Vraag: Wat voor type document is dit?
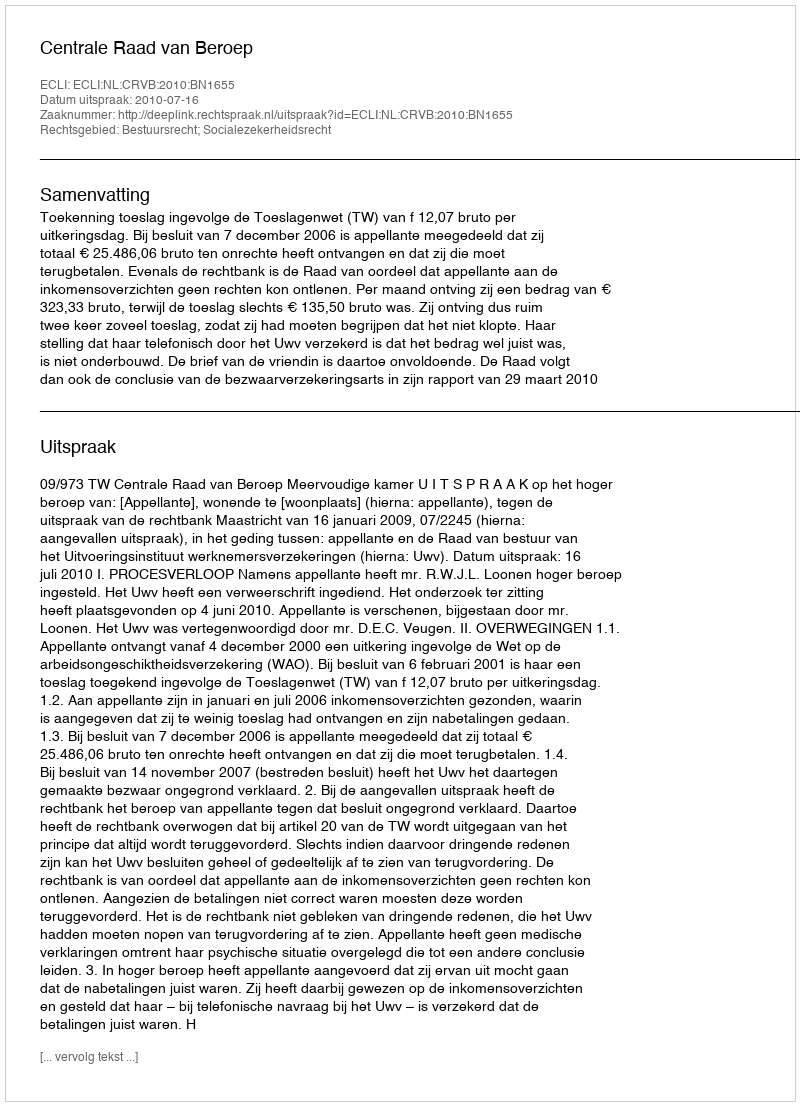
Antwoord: Uitspraak